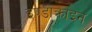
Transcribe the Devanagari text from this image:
इण्डोक्राइन